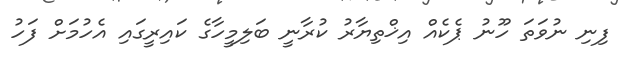
ފިނި ނުވަތަ ހޫނު ޕެކެއް އިޚްތިޔާރު ކުރާނީ ބަލިމީހާގެ ކައިރީގައި އެހުމަށް ފަހު